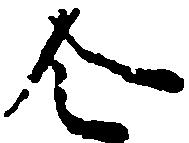
令